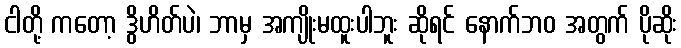
ငါတို့ ကတော့ ဒွိဟိတ်ပဲ၊ ဘာမှ အကျိုးမထူးပါဘူး ဆိုရင် နောက်ဘဝ အတွက် ပိုဆိုး